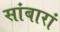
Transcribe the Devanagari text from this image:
सांबारां